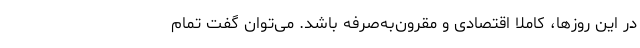
در این روزها، کاملا اقتصادی و مقرون‌به‌صرفه باشد. می‌توان گفت تمام